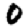
Digit: 0